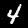
Label: 4